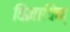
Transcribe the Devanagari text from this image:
विज्ञाविन्